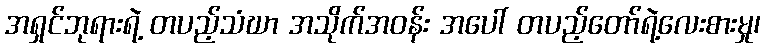
အရှင်ဘုရားရဲ့ တပည့်သံဃာ အသိုက်အဝန်း အပေါ် တပည့်တော်ရဲ့လေးစားမှု၊